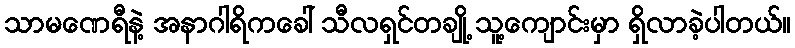
သာမဏေရီနဲ့ အနာဂါရိကခေါ် သီလရှင်တချို့ သူ့ကျောင်းမှာ ရှိလာခဲ့ပါတယ်။